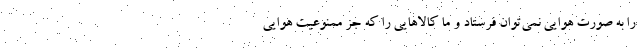
را به صورت هوایی نمی‌توان فرستاد و ما کالاهایی را که جز ممنوعیت هوایی